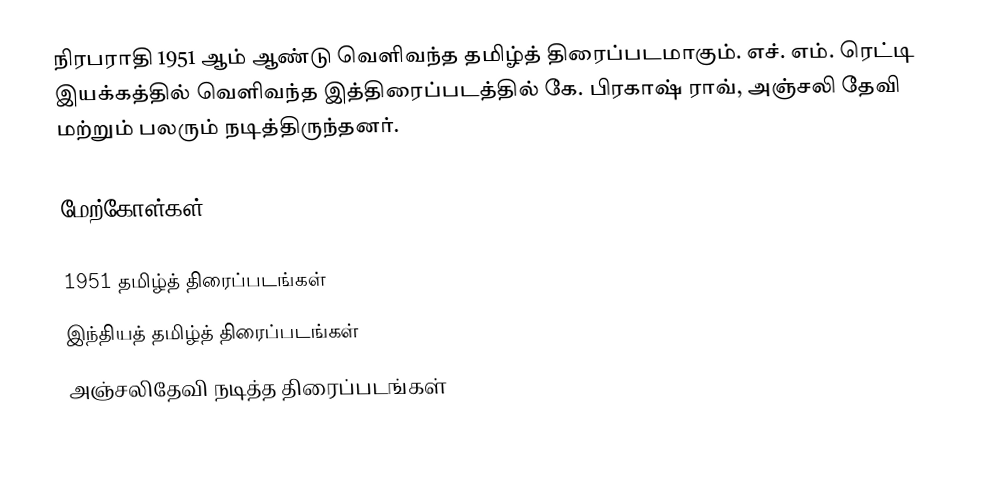
நிரபராதி 1951 ஆம் ஆண்டு வெளிவந்த தமிழ்த் திரைப்படமாகும். எச். எம். ரெட்டி இயக்கத்தில் வெளிவந்த இத்திரைப்படத்தில் கே. பிரகாஷ் ராவ், அஞ்சலி தேவி மற்றும் பலரும் நடித்திருந்தனர்.

மேற்கோள்கள்

1951 தமிழ்த் திரைப்படங்கள்
இந்தியத் தமிழ்த் திரைப்படங்கள்
அஞ்சலிதேவி நடித்த திரைப்படங்கள்